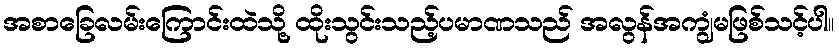
အစာခြေလမ်းကြောင်းထဲသို့ ထိုးသွင်းသည့်ပမာဏသည် အလွန်အကျွံမဖြစ်သင့်ပါ။